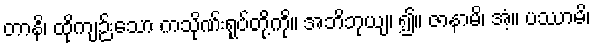
တာနိ၊ ထိုကျဉ်းသော ကသိုဏ်းရုပ်တို့ကို။ အဘိဘုယျ၊ ၍။ ဇာနာမိ၊ အံ့။ ပဿာမိ၊